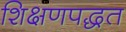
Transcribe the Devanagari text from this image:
शिक्षणपद्धत